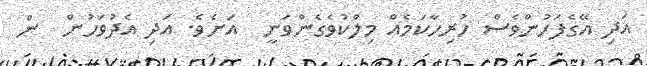
އަދި އޭގެފަހުންވެސް ހުރިހާކަމެއް މިލްކުވެގެންވަނީ  އަށެވެ. އަދި އެދުވަހުން  ން